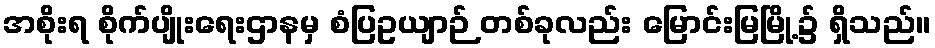
အစိုးရ စိုက်ပျိုးရေးဌာနမှ စံပြဥယျာဉ် တစ်ခုလည်း မြောင်းမြမြို့၌ ရှိသည်။